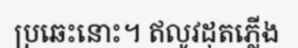
ប្រឆេះនោះ។ ឥលូវដុតភ្លើង